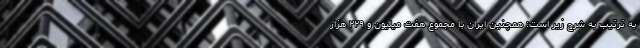
به ترتیب به شرح زیر است: همچنین ایران با مجموع هفت میلیون و ۲۲۹ هزار